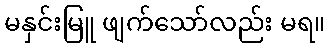
မနှင်းမြူ ဖျက်သော်လည်း မရ။